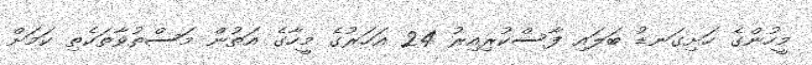
މީހުންގެ ހަށިގަނޑު ބަލައި ފާސްކުރިއިރު 24 އަހަރުގެ މީހާގެ އަތުން މަސްތުވާތަކެތި ކަމަށް